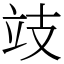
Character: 攱